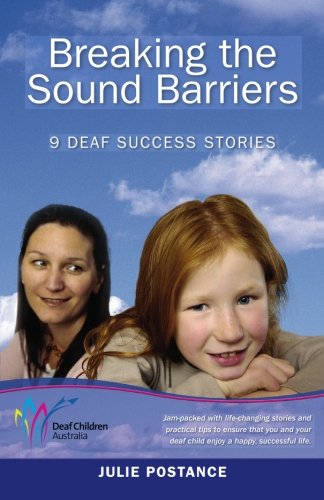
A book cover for Breaking the Sound Barriers: 9 Deaf Success Stories; Julie Postance; Health, Fitness & Dieting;